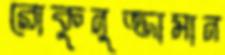
রোকুনুজ্জামান